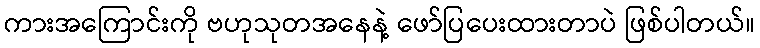
ကားအကြောင်းကို ဗဟုသုတအနေနဲ့ ဖော်ပြပေးထားတာပဲ ဖြစ်ပါတယ်။